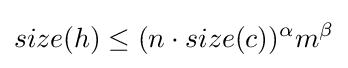
size(h)\leq (n\cdot size(c))^{\alpha }m^{\beta }